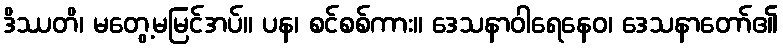
ဒိဿတိ၊ မတွေ့မမြင်အပ်။ ပန၊ စင်စစ်ကား။ ဒေသနာဝါရေနေဝ၊ ဒေသနာတော်၏